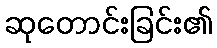
ဆုတောင်းခြင်း၏